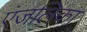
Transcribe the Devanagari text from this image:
एंजलिका